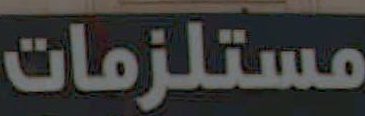
مستلزمات